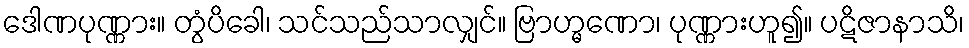
ဒေါဏပုဏ္ဏား။ တွံပိခေါ၊ သင်သည်သာလျှင်။ ဗြာဟ္မဏော၊ ပုဏ္ဏားဟူ၍။ ပဋိဇာနာသိ၊